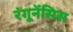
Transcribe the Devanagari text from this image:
रंगूनेंसिस